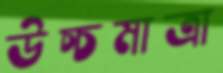
উচ্চমাত্রা